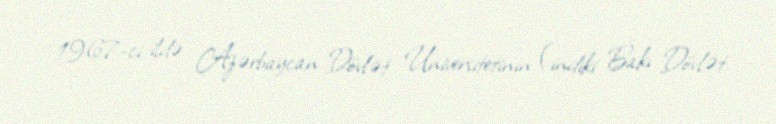
1967-ci ildə Azərbaycan Dövlət Universitetinin (indiki Bakı Dövlət